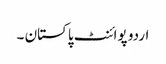
اردو پوائنٹ پاکستان ۔